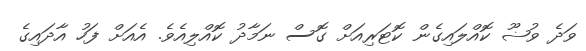
ވަދެ ވުޟޫ ކޮއްލައިގެން ކޮޓަރިއަށް ގޮސް ނަމާދު ކޮއްލިއެވެ. އެއަށް ފަހު އާދައިގެ